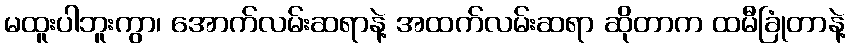
မထူးပါဘူးကွာ၊ အောက်လမ်းဆရာနဲ့ အထက်လမ်းဆရာ ဆိုတာက ထမီခြုံတာနဲ့